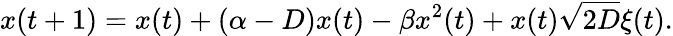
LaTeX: x(t+1)=x(t)+(\alpha-D)x(t)-\beta x^{2}(t)+x(t)\sqrt{2D}\xi(t).